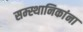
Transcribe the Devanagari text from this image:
सम्स्थानिकांना